Saare_Masina-traktorijaam, lk 9
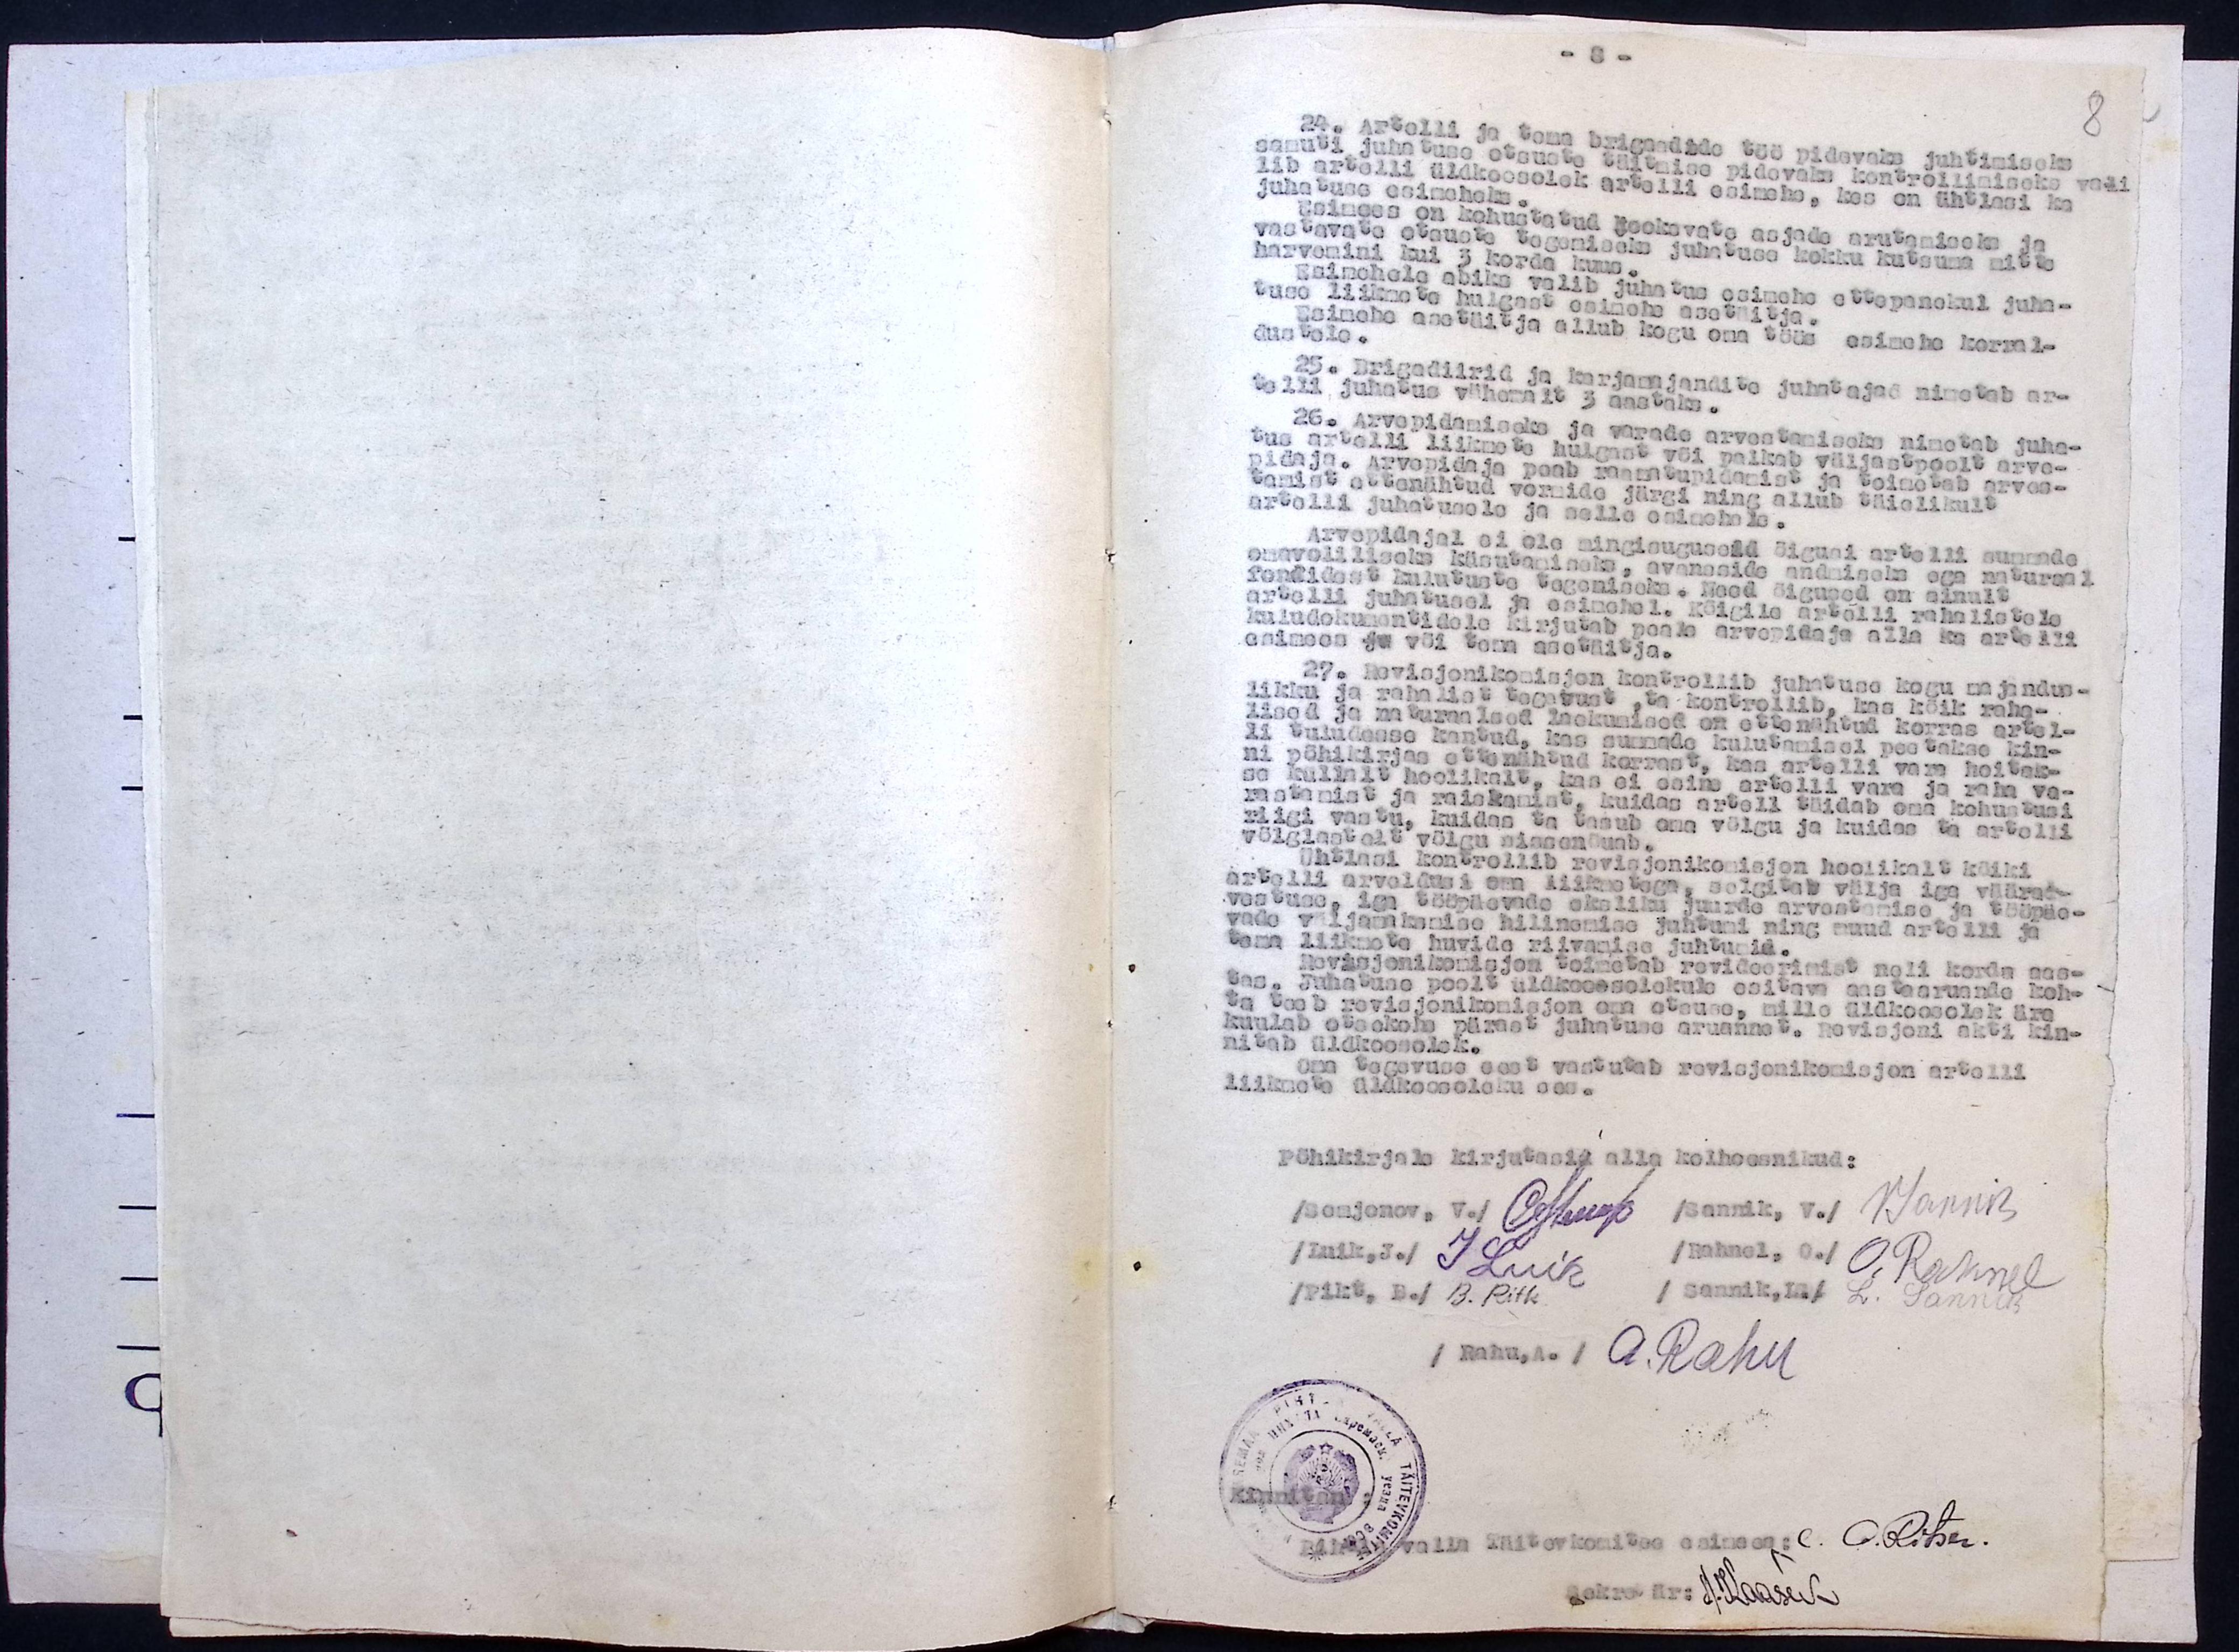
24. Artelli ja tema brigaadide töö pidavaks juhtimiseks
samuti juhatuse otsuste täitmise pidevaks kontrollimiseks vali
lib artelli üldkoosolek artelli esimehe, kes on ühtlasi ka
juhatuse esimeheks.
Esimees on kohustatud jooksvate asjade arutamiseks ja
vastavate otsuste tegemiseks juhatuse kokku kutsuma mitte
harvemini kui 3 korda kuus.
Esimehele abiks valib juhatus esimehe ettepanekul juha-
tuse liikmete hulgast esimehe asetäitja.
Esimehe asetäitja allub kogu oma töös esimehe korral-
dustele.
25. Brigadiirid ja karjamajandite juhatajad nimetab ar-
telli juhatus vähemalt 3 aastaks.
26. Arvepidamiseks ja varade arvestamiseke nimetab juha-
tus artelli liikmete hulgast või palkab väljastpoolt arve-
pidaja. Arvepidaja peab raamatupidamist ja toimetab arves-
tamist ettenähtud vormide järgi ning allub täielikult
artelli juhatusele ja selle esimehele.
Arvepidajal ei ole mingisuguseid õigusi artelli summade,
omavoliliseks kasutamiseks, avanaside andmiseks ega naturaal
fondidest kulutuste tagamiseks. Need õigused on ainult
artelli juhatusel ja esimehel. Kõigile artelli rahalistele
kuludokumentidele kirjutab peale arvepidaja alla ka artelli
esimees ja või tema asetäitja.
27. Revisjonikomisjon kontrollib juhatuse kogu majandus-
likku ja rahalist tegevust, ta kontrollib, kas kõik raha-
lised ja naturaal laekumised on ettenähtud korras artel-
li tuludusse kantud, kas summade kulutamisel peetakse kin-
ni põhikirjas ettenähtud korrast, kas artelli vara hoitak-
se küllalt hoolikalt, kas ei esine artelli vara ja raha va-
rastamist ja raiskamist, kuidas artell täidab oma kohustusi
riigi vastu, kuidas ta tasub oma võlgu ja kuidas ta artelli
võlglastelt võlgu sissendunud.
Ühtlasi kontrollib revisjonikomisjon hoolikalt kõiki
artelli arveldusi oma liikmetega, selgitab välja iga väära-
vastuse, iga tööpäevade okaliku  juurde arvestamise ja tööpäe-
vade väljamaksmise hilinemise juhtumi ning muud artelli ja
tema liikmete huvide riivamise juhtumid.
Revisjonikomisjon toimetab revideerimist neli korda aas-
tas. Juhatuse poolt üldkoosolekule esitatav aastaaruande koh-
ta teeb revisjonikomisjon oma otsuse, mille üldkoosolek ära
kuulab otsekohe pärast juhatuse aruannet. Revisjoni akti kin-
nitab üldkoosolek.
Oma tegevuse eest vastutab revisjonikomisjon artelli
liikmete üldkoosoleku ees.
Põhikirjale kirjutasid alla kolhoosnikud:
Hannik
Somjonov. V.
Luik J.
Sannik V.
Pikt, B.
Sannik, L.
Rahu, A.

Pihtla valla Täitevkomitee esimees:
Sekretär: